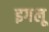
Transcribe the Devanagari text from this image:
इगलू